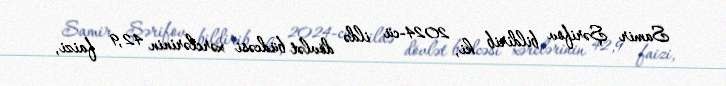
Samir Şərifov bildirib ki, 2024-cü ildə dövlət büdcəsi xərclərinin 42,9 faizi,